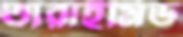
তারাইমিড